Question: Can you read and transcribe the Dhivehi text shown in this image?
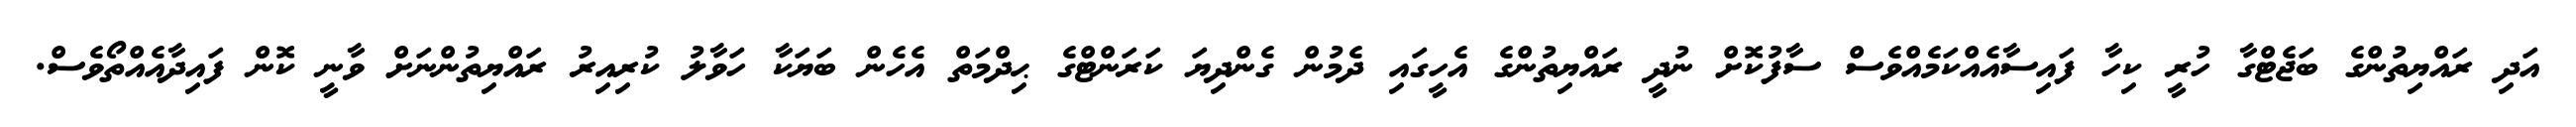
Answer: އަދި ރައްޔިތުންގެ ބަޖެޓްގާ ހުރީ ކިހާ ފައިސާއެއްކަމެއްވެސް ސާފުކޮށް ނުދީ ރައްޔިތުންގެ އެހީގައި ދެމުން ގެންދިޔަ ކަރަންޓްގެ ޙިދްމަތް އެހެން ބަޔަކާ ހަވާލު ކުރިއިރު ރައްޔިތުންނަށް ވާނީ ކޮން ފައިދާއެއްތޯވެސް.